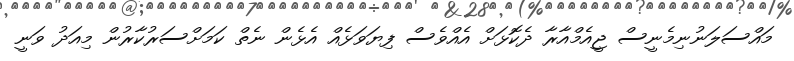
މައްސަލަނުނިމެނީސް ޖީއެމްއާރާ ދެކޮޅަށް އެއްވެސް ފިޔަވަޅެއް އެޅެން ނެތް ކަމަށްސަރުކާރުން މިއަދު ވަނީ